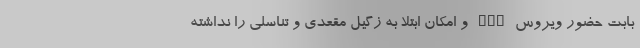
بابت حضور ویروس hpv و امکان ابتلا به زگیل مقعدی و تناسلی را نداشته